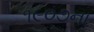
૧૯૦૭ના